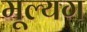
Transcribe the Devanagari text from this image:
मूल्यग